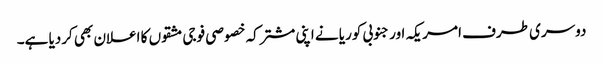
دوسری طرف امریکہ اور جنوبی کوریا نے اپنی مشترکہ خصوصی فوجی مشقوں کا اعلان بھی کردیا ہے۔